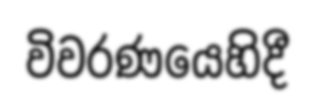
විවරණයෙහිදී